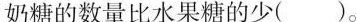
奶糖的数量比水果糖的少( )。